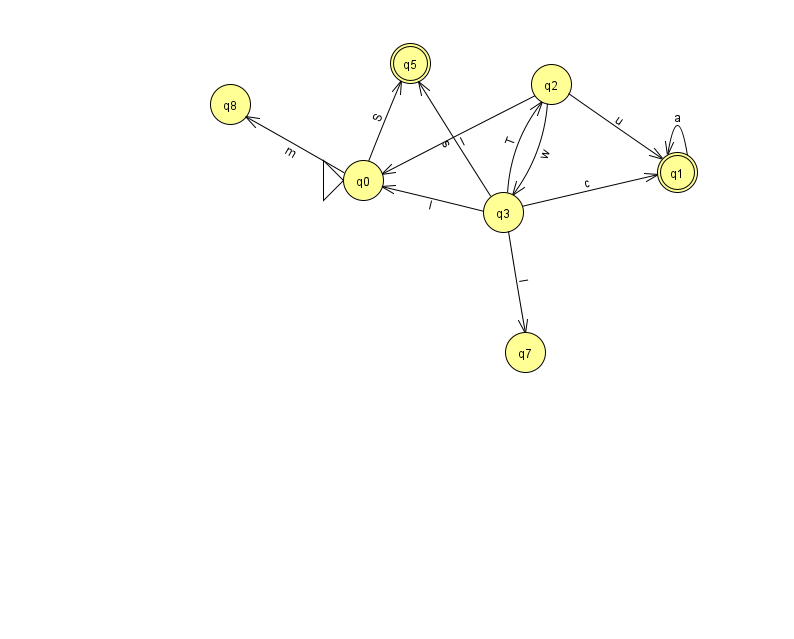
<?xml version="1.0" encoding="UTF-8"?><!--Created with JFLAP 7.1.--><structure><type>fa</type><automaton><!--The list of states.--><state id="0" name="q0"><x>363.0</x><y>167.0</y><initial/></state><state id="1" name="q1"><x>677.0</x><y>159.0</y><final/></state><state id="2" name="q2"><x>551.0</x><y>71.0</y></state><state id="3" name="q3"><x>503.0</x><y>199.0</y></state><state id="5" name="q5"><x>410.0</x><y>50.0</y><final/></state><state id="7" name="q7"><x>525.0</x><y>339.0</y></state><state id="8" name="q8"><x>230.0</x><y>91.0</y></state><!--The list of transitions.--><transition><from>2</from><to>0</to><read>I</read></transition><transition><from>3</from><to>2</to><read>T</read></transition><transition><from>3</from><to>5</to><read>s</read></transition><transition><from>1</from><to>1</to><read>a</read></transition><transition><from>3</from><to>0</to><read>l</read></transition><transition><from>3</from><to>7</to><read>I</read></transition><transition><from>2</from><to>3</to><read>w</read></transition><transition><from>0</from><to>8</to><read>m</read></transition><transition><from>3</from><to>1</to><read>c</read></transition><transition><from>2</from><to>1</to><read>u</read></transition><transition><from>0</from><to>5</to><read>S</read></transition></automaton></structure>